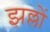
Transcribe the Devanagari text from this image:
झल्लों